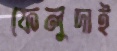
ফেলুদাই